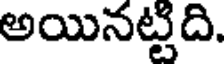
అయినట్టిది.